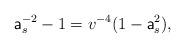
LaTeX: \begin{align*} \mathsf{a}_s^{-2} - 1 = v^{-4}(1 - \mathsf{a}_s^2), \end{align*}